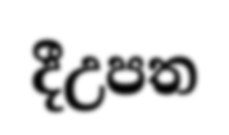
දීඋපත